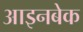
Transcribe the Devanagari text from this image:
आइनबेक